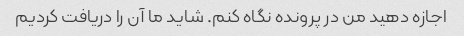
اجازه دهید من در پرونده نگاه کنم. شاید ما آن را دریافت کردیم